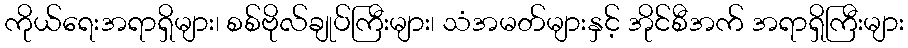
ကိုယ်ရေးအရာရှိများ၊ စစ်ဗိုလ်ချုပ်ကြီးများ၊ သံအမတ်များနှင့် အိုင်စီအက် အရာရှိကြီးများ